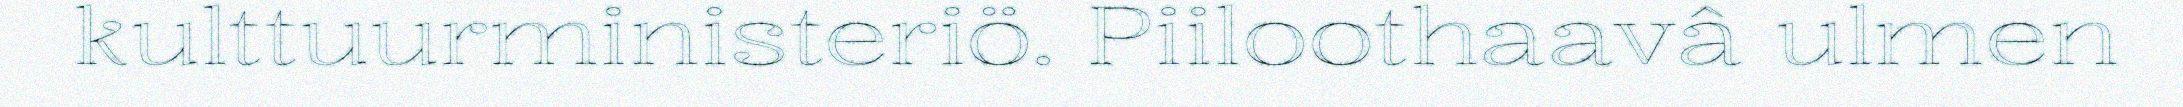
kulttuurministeriö. Piiloothaavâ ulmen